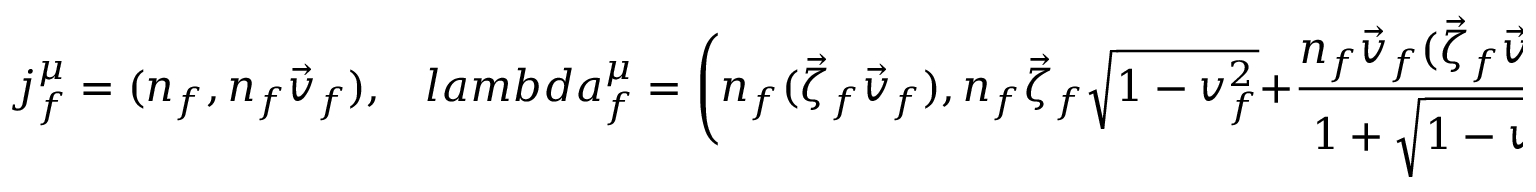
j _ { f } ^ { \mu } = ( n _ { f } , n _ { f } \vec { v } _ { f } ) , \ \ \ \, l a m b d a _ { f } ^ { \mu } = \Bigg ( n _ { f } ( \vec { \zeta } _ { f } \vec { v } _ { f } ) , n _ { f } \vec { \zeta } _ { f } \sqrt { 1 - v _ { f } ^ { 2 } } + { \frac { n _ { f } \vec { v } _ { f } ( \vec { \zeta } _ { f } \vec { v } _ { f } ) } { 1 + \sqrt { 1 - v _ { f } ^ { 2 } } } } \Bigg ) .